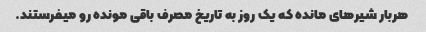
هربار شیرهای مانده که یک روز به تاریخ مصرف باقی مونده رو میفرستند.